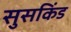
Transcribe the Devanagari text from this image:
सुसकिंड